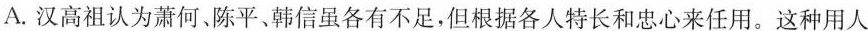
A.汉 汉高祖认为萧何。陈平、韩信虽各有不足，但根据各人特长和忠心来任用。这种用人